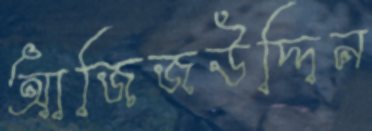
আজিজউদ্দিন